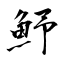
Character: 魣